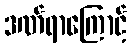
ဒဏ်ရာကြောင့်